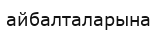
айбалталарына